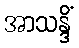
အာသန္ဒိံ